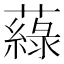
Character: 𦾯